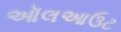
ઑલઆઉટ